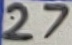
Text: 27